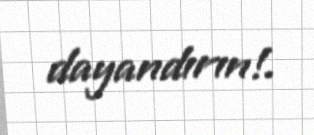
dayandırın!.